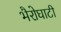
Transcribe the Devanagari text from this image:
भैरोघाटी